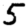
Digit: 5